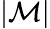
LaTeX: \vert\mathcal{M}\vert